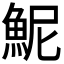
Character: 𫙖